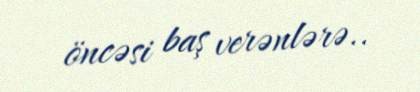
öncəsi baş verənlərə..